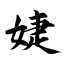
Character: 婕